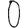
Digit: 0